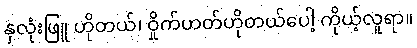
နှလုံးဖြူ ဟိုတယ်၊ ဝှိုက်ဟတ်ဟိုတယ်ပေါ့ ကိုယ့်လူရာ။